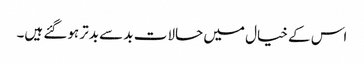
اس کے خیال میں حالات بد سے بدتر ہوگئے ہیں۔